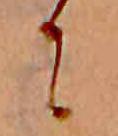
に